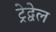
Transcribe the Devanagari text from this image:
ट्रेद्वेल